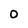
Character: 0